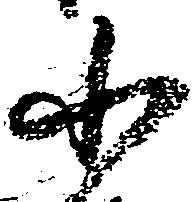
小